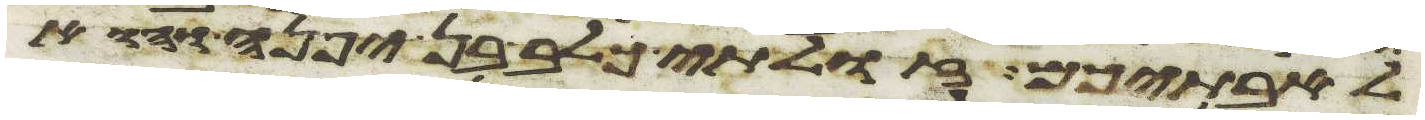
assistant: לאבתיכם זולתי כלב בן יפנה הוא